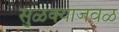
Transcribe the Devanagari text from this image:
सुळक्याजवळ